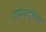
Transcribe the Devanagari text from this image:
रामचंद्रांना